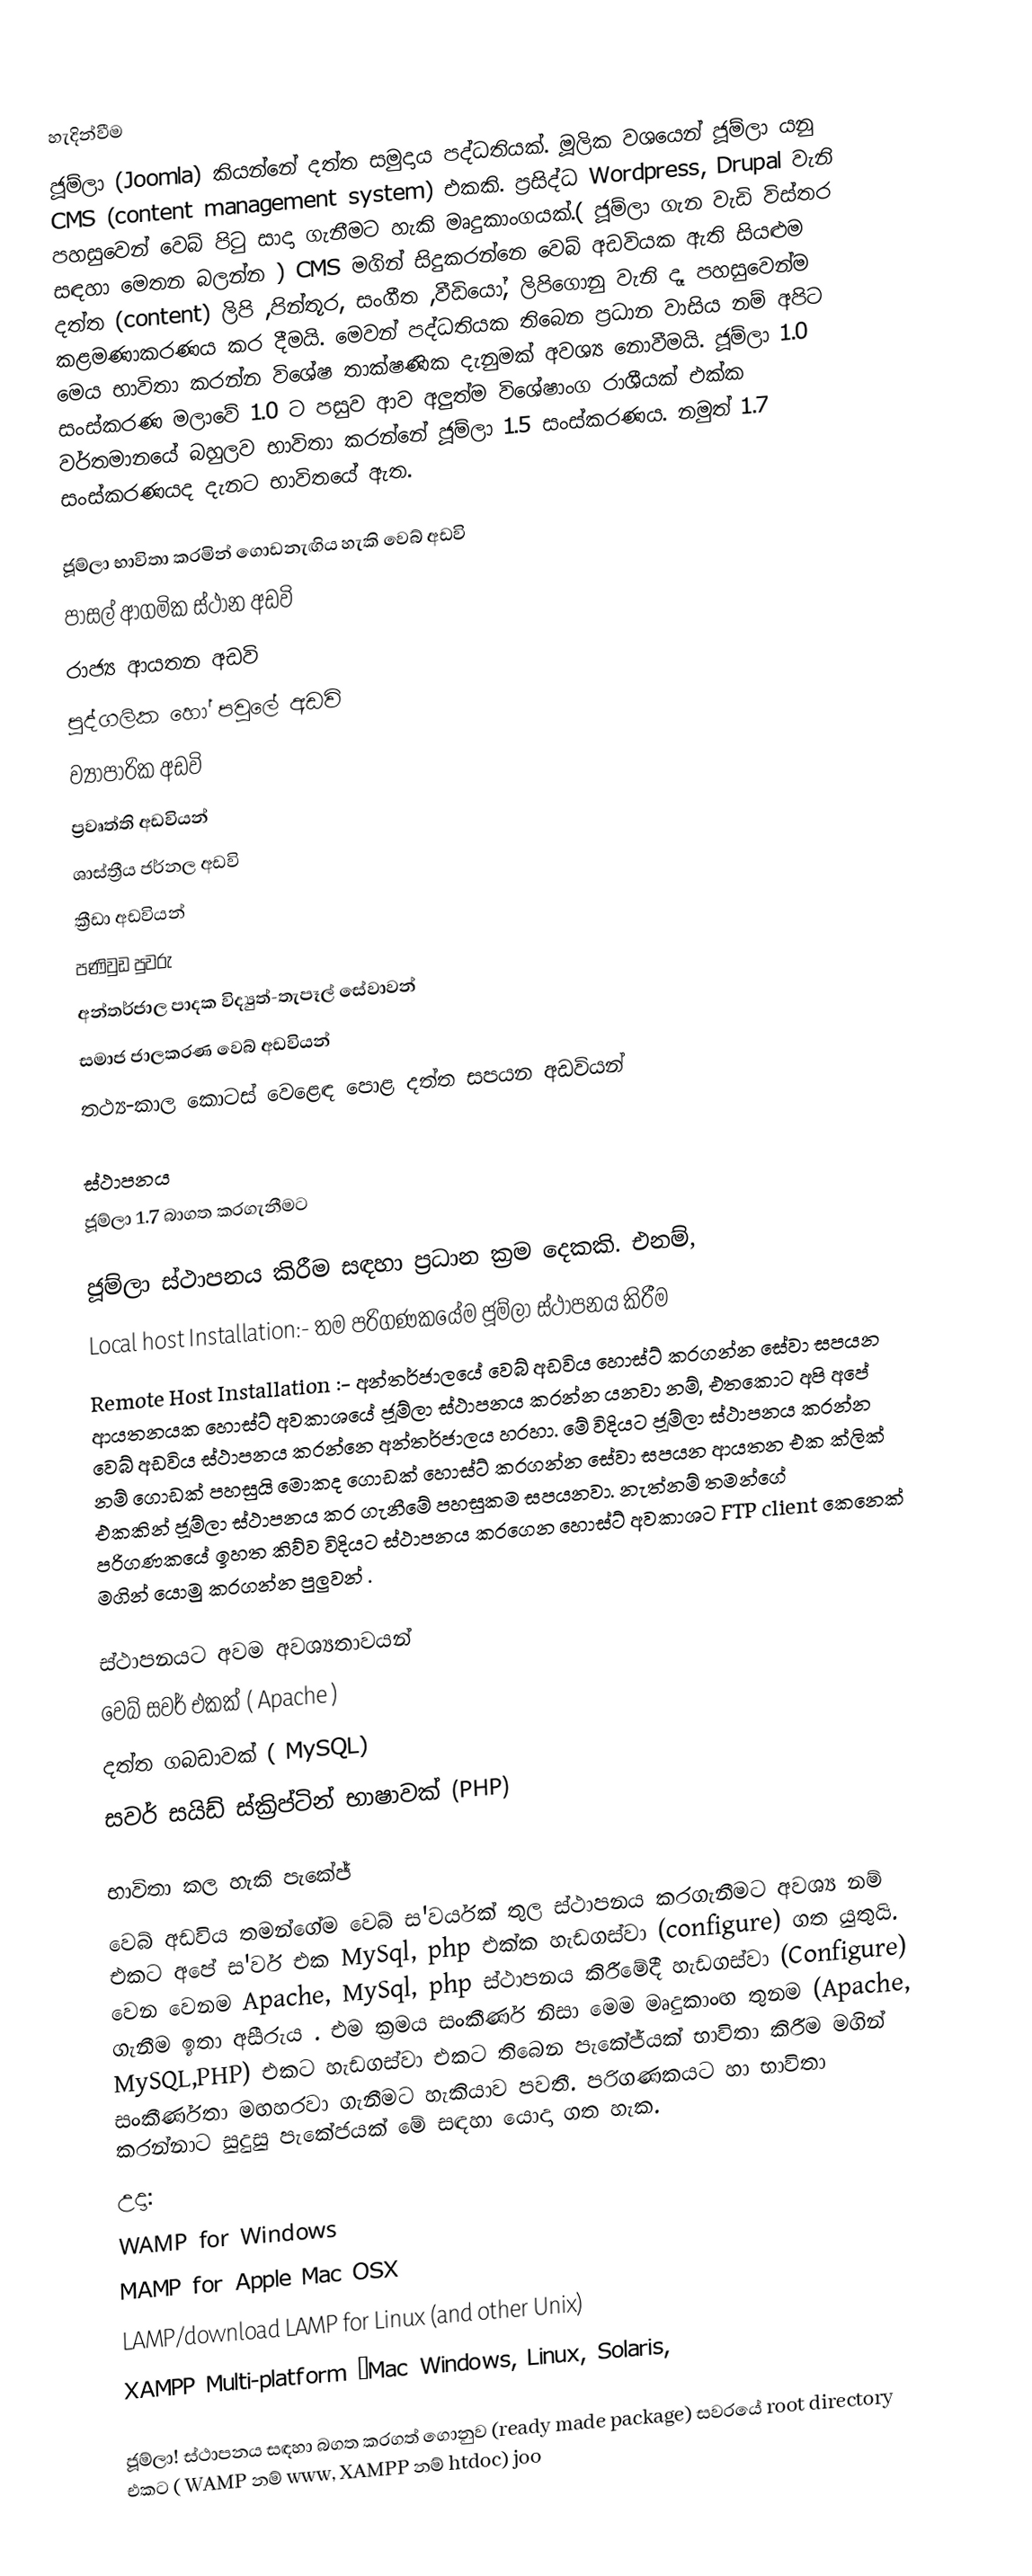

හැදින්වීම
ජූම්ලා (Joomla) කියන්නේ දත්ත සමුදාය පද්ධතියක්. මූලික වශයෙන් ජූම්ලා  යනු CMS (content management system) එකකි. ප්‍රසිද්ධ Wordpress, Drupal වැනි පහසුවෙන් වෙබ් පිටු සාදා ගැනීමට හැකි මෘදුකාංගයක්.( ජූම්ලා ගැන වැඩි විස්තර සඳහා මෙතන බලන්න ) CMS මගින් සිදුකරන්නෙ වෙබ් අඩවියක ඇති සියළුම දත්ත (content) ලිපි ,පින්තූර, සංගීත ,වීඩියෝ, ලිපිගොනු වැනි දෑ  පහසුවෙන්ම කළමණාකරණය කර දීමයි. මෙවන් පද්ධතියක තිබෙන ප්‍රධාන වාසිය නම් අපිට මෙය භාවිතා කරන්න විශේෂ තාක්ෂණික දැනුමක් අවශ්‍ය නොවීමයි. ජූම්ලා  1.0 සංස්කරණ මලාවේ 1.0 ට පසුව ආව අලුත්ම විශේෂාංග රාශීයක් එක්ක වර්තමානයේ බහුලව භාවිතා කරන්නේ  ජූම්ලා  1.5 සංස්කරණය. නමුත් 1.7 සංස්කරණයද දැනට භාවිතයේ ඇත.

ජූම්ලා  භාවිතා කරමින් ගොඩනැඟිය හැකි වෙබ් අඩවි
 පාසල් ආගමික ස්ථාන අඩවි
රාජ්‍ය ආයතන අඩවි
පුද්ගලික හෝ පවුලේ අඩවි
ව්‍යාපාරික අඩවි
ප්‍රවෘත්ති අඩවියන්
ශාස්ත්‍රීය ජර්නල අඩවි
ක්‍රීඩා අඩවියන්
පණිවුඩ පුවරු
අන්තර්ජාල පාදක විද්‍යුත්-තැපෑල් සේවාවන්
සමාජ ජාලකරණ වෙබ් අඩවියන්
 තථ්‍ය-කාල කොටස් වෙළෙඳ පොළ දත්ත සපයන අඩවියන්

ස්ථාපනය
 ජූම්ලා 1.7 බාගත කරගැනීමට

ජූම්ලා ස්ථාපනය කිරීම සඳහා ප්‍රධාන ක්‍රම දෙකකි. එනම්,
 Local host Installation:- තම පරිගණකයේම ජූම්ලා ස්ථාපනය කිරීම
 Remote Host Installation :- අන්තර්ජා‍ලයේ වෙබ් අඩවිය හොස්ට් කරගන්න සේවා සපයන ආයතනයක හොස්ට් අවකාශයේ ජූම්ලා ස්ථාපනය කරන්න යනවා නම්, එතකොට අපි අපේ වෙබ් අඩවිය ස්ථාපනය කරන්නෙ අන්තර්ජාලය හරහා. මේ විදියට ජූම්ලා ස්ථාපනය කරන්න නම් ගොඩක් පහසුයි මොකද ගොඩක්  හොස්ට් කරගන්න සේවා සපයන ආයතන එක ක්ලික් එකකින් ජූම්ලා ස්ථාපනය කර ගැනීමේ පහසුකම සපයනවා. නැත්නම්  තමන්ගේ පරිගණකයේ ඉහත කිව්ව විදියට ස්ථාපනය කරගෙන හොස්ට් අවකාශට FTP client කෙනෙක් මගින් යොමු කරගන්න පුලුවන් .

ස්ථාපනයට අවම අවශ්‍යතාවයන්
 වෙබ් සවර් එකක් ( Apache )
 දත්ත ගබඩාවක් ( MySQL)
 සවර් සයිඩ් ස්ක්‍රිප්ටින් භාෂාවක්  (PHP)

භාවිතා කල හැකි පැකේජ්
වෙබ් අඩවිය තමන්ගේම වෙබ් ස'වර්යක් තුල ස්ථාපනය කරගැනීමට අවශ්‍ය නම් එකට අපේ ස'වර් එක MySql, php එක්ක  හැඩගස්වා (configure) ගත යුතුයි. වෙන වෙනම Apache, MySql, php ස්ථාපනය කිරීමේදී හැඩගස්වා (Configure) ගැනීම ඉතා අසීරුය . එම ක්‍රමය සංකීර්ණ නිසා මෙම මෘදුකාංඟ තුනම (Apache, MySQL,PHP) එකට හැඩගස්වා එකට තිබෙන පැකේජ්යක් භාවිතා කිරීම මගින් සංකීර්ණතා මඟහරවා ගැනීමට හැකියාව පවතී. පරිගණකයට හා භාවිතා කරන්නාට සුදුසු පැකේජයක් මේ සඳහා යොදා ගත හැක.
උදා:
  WAMP for Windows
  MAMP for Apple Mac OSX
 LAMP/download LAMP for Linux (and other Unix)
  XAMPP Multi-platform –Mac Windows, Linux, Solaris,

ජූම්ලා! ස්ථාපනය සඳහා බගත කරගත් ගොනුව (ready made package) සවරයේ root directory එකට ( WAMP නම් www,  XAMPP නම් htdoc) joo